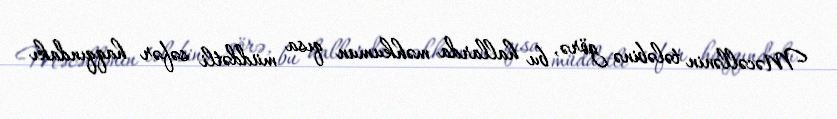
Məcəllənin tələbinə görə, bu hallarda məhkumun qısa müddətli səfər haqqındakı